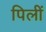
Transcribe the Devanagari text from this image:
पिलीं